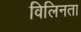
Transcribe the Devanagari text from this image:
विलिनता